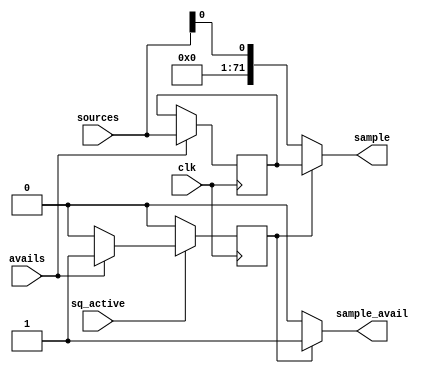
// Select sample to add to samples queue
//
// Copyright (C) 2023  Kevin O'Connor <kevin@koconnor.net>
//
// This file may be distributed under the terms of the GNU GPLv3 license.

module sampselect #(
    parameter NUM_SOURCES = 1,
    parameter SAMPLE_W = 72
    )(
    input clk, input sq_active,
    output reg [SAMPLE_W-1:0] sample, output reg sample_avail,

    input [SAMPLE_W*NUM_SOURCES-1:0] sources, input [NUM_SOURCES-1:0] avails
    );

    // Storage for samples awaiting to be added to sample queue
    reg [SAMPLE_W*NUM_SOURCES-1:0] data, next_data;
    reg [NUM_SOURCES-1:0] have_data, next_have_data;
    always @(posedge clk) begin
        data <= next_data;
        if (sq_active)
            have_data <= next_have_data;
        else
            have_data <= 0;
    end

    // Select channel to be sent to queue
    integer i;
    always @(*) begin
        sample = sources[0];
        sample_avail = 0;
        next_have_data = have_data;
        next_data = data;

        for (i=0; i<NUM_SOURCES; i=i+1) begin
            if (!sample_avail && have_data[i]) begin
                // Send this sample to the queue
                sample_avail = 1;
                next_have_data[i] = 0;
                sample = data[i*SAMPLE_W +: SAMPLE_W];
            end

            if (avails[i]) begin
                // New sample needs to be added to local storage
                next_data[i*SAMPLE_W+:SAMPLE_W] = sources[i*SAMPLE_W+:SAMPLE_W];
                next_have_data[i] = 1;
            end
        end
    end

endmodule